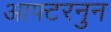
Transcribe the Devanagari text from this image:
आफ्टरनुन